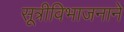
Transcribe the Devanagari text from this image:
सूत्रीविभाजनाने